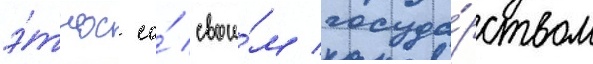
э́тнос со́ свои́м госуда́рством